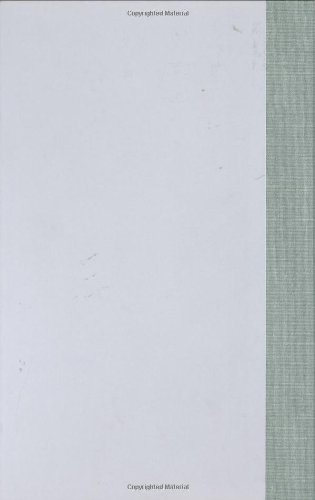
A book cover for Magic Circles: The Beatles in Dream and History; Devin McKinney; Humor & Entertainment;